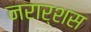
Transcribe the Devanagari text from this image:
नरार्शस